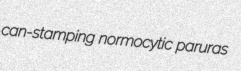
can-stamping normocytic paruras